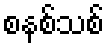
စနစ်သစ်